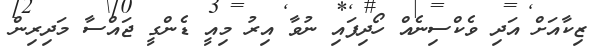
ޒިކާއަށް އަދި ވެކްސިނެއް ހޯދިފައި ނުވާ އިރު މިއީ ޑެންގީ ޖައްސާ މަދިރިން